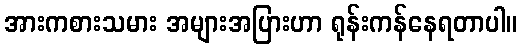
အားကစားသမား အများအပြားဟာ ရုန်းကန်နေရတာပါ။